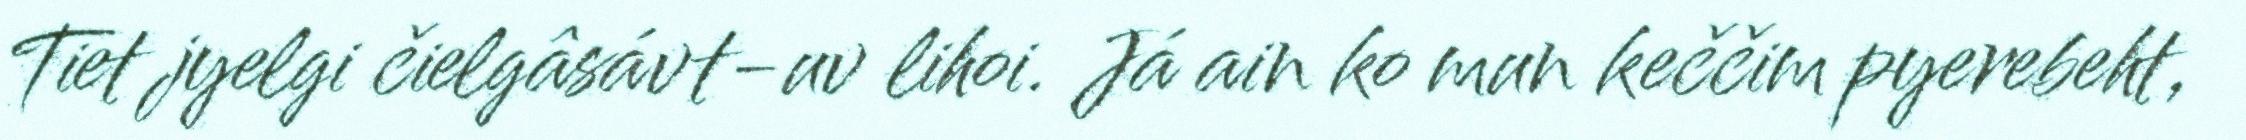
Tiet jyelgi čielgâsávt-uv lihoi. Já ain ko mun keččim pyerebeht,